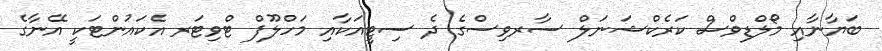
ބަޔާނާއި މޯލްޑިވްސް ކަރެކްޝަނަލް ސާރވިސްގެ ދެ ސިޓީއަކާއި މަހްލޫފް ޓްވިޓަރ އެކައުންޓަކީ އޭނާގެ